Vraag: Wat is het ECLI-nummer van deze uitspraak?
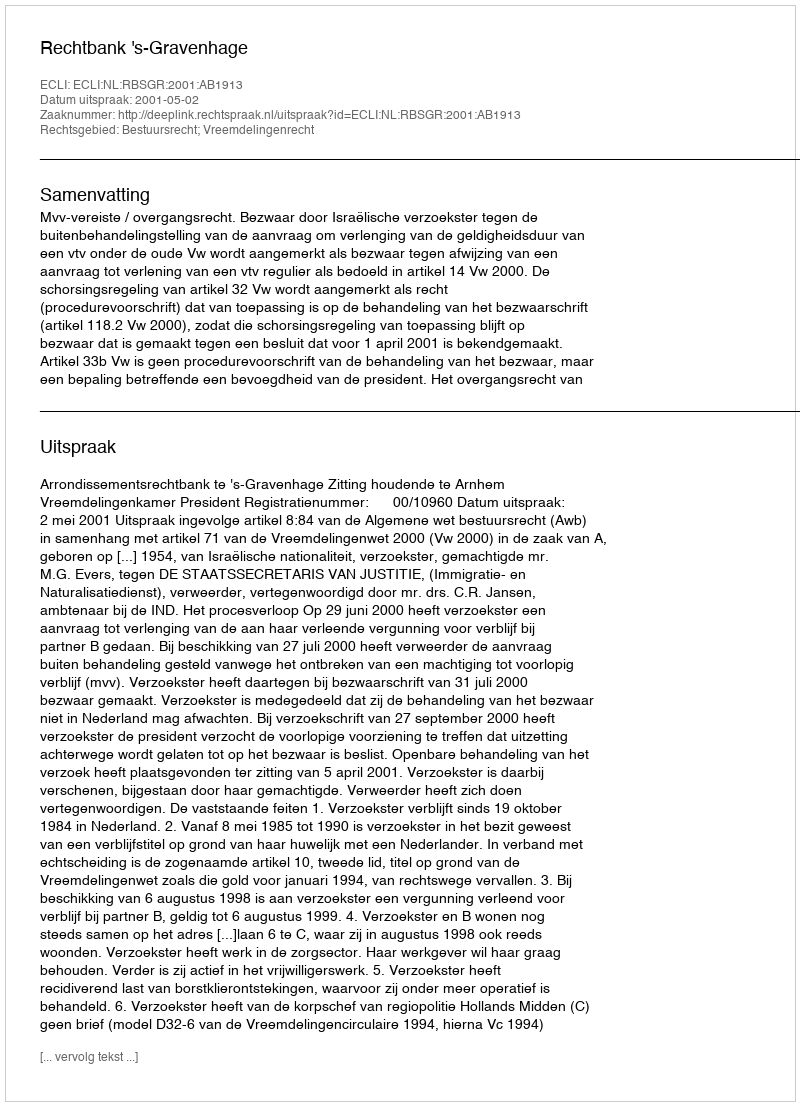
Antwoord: ECLI:NL:RBSGR:2001:AB1913